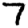
Digit: 7